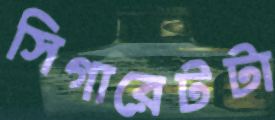
সিগারেটটা